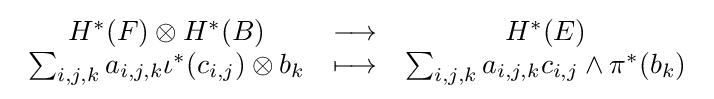
{\begin{array}{ccc}H^{*}(F)\otimes H^{*}(B)&\longrightarrow &H^{*}(E)\\\sum _{i,j,k}a_{i,j,k}\iota ^{*}(c_{i,j})\otimes b_{k}&\longmapsto &\sum _{i,j,k}a_{i,j,k}c_{i,j}\wedge \pi ^{*}(b_{k})\end{array}}